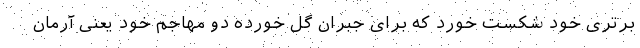
برتری خود شکست خورد که برای جبران گل خورده دو مهاجم خود یعنی آرمان